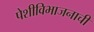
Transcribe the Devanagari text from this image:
पेशीविभाजनाची